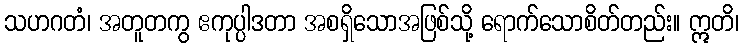
သဟဂတံ၊ အတူတကွ ဧကုပ္ပါဒတာ အစရှိသောအဖြစ်သို့ ရောက်သောစိတ်တည်း။ ဣတိ၊